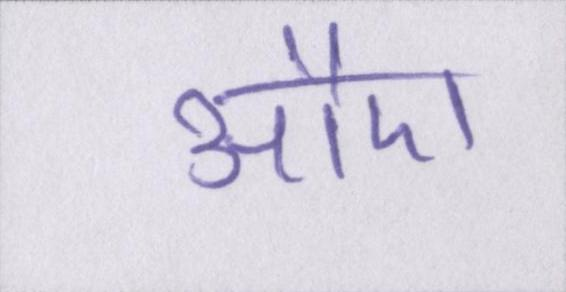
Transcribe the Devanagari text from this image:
औए